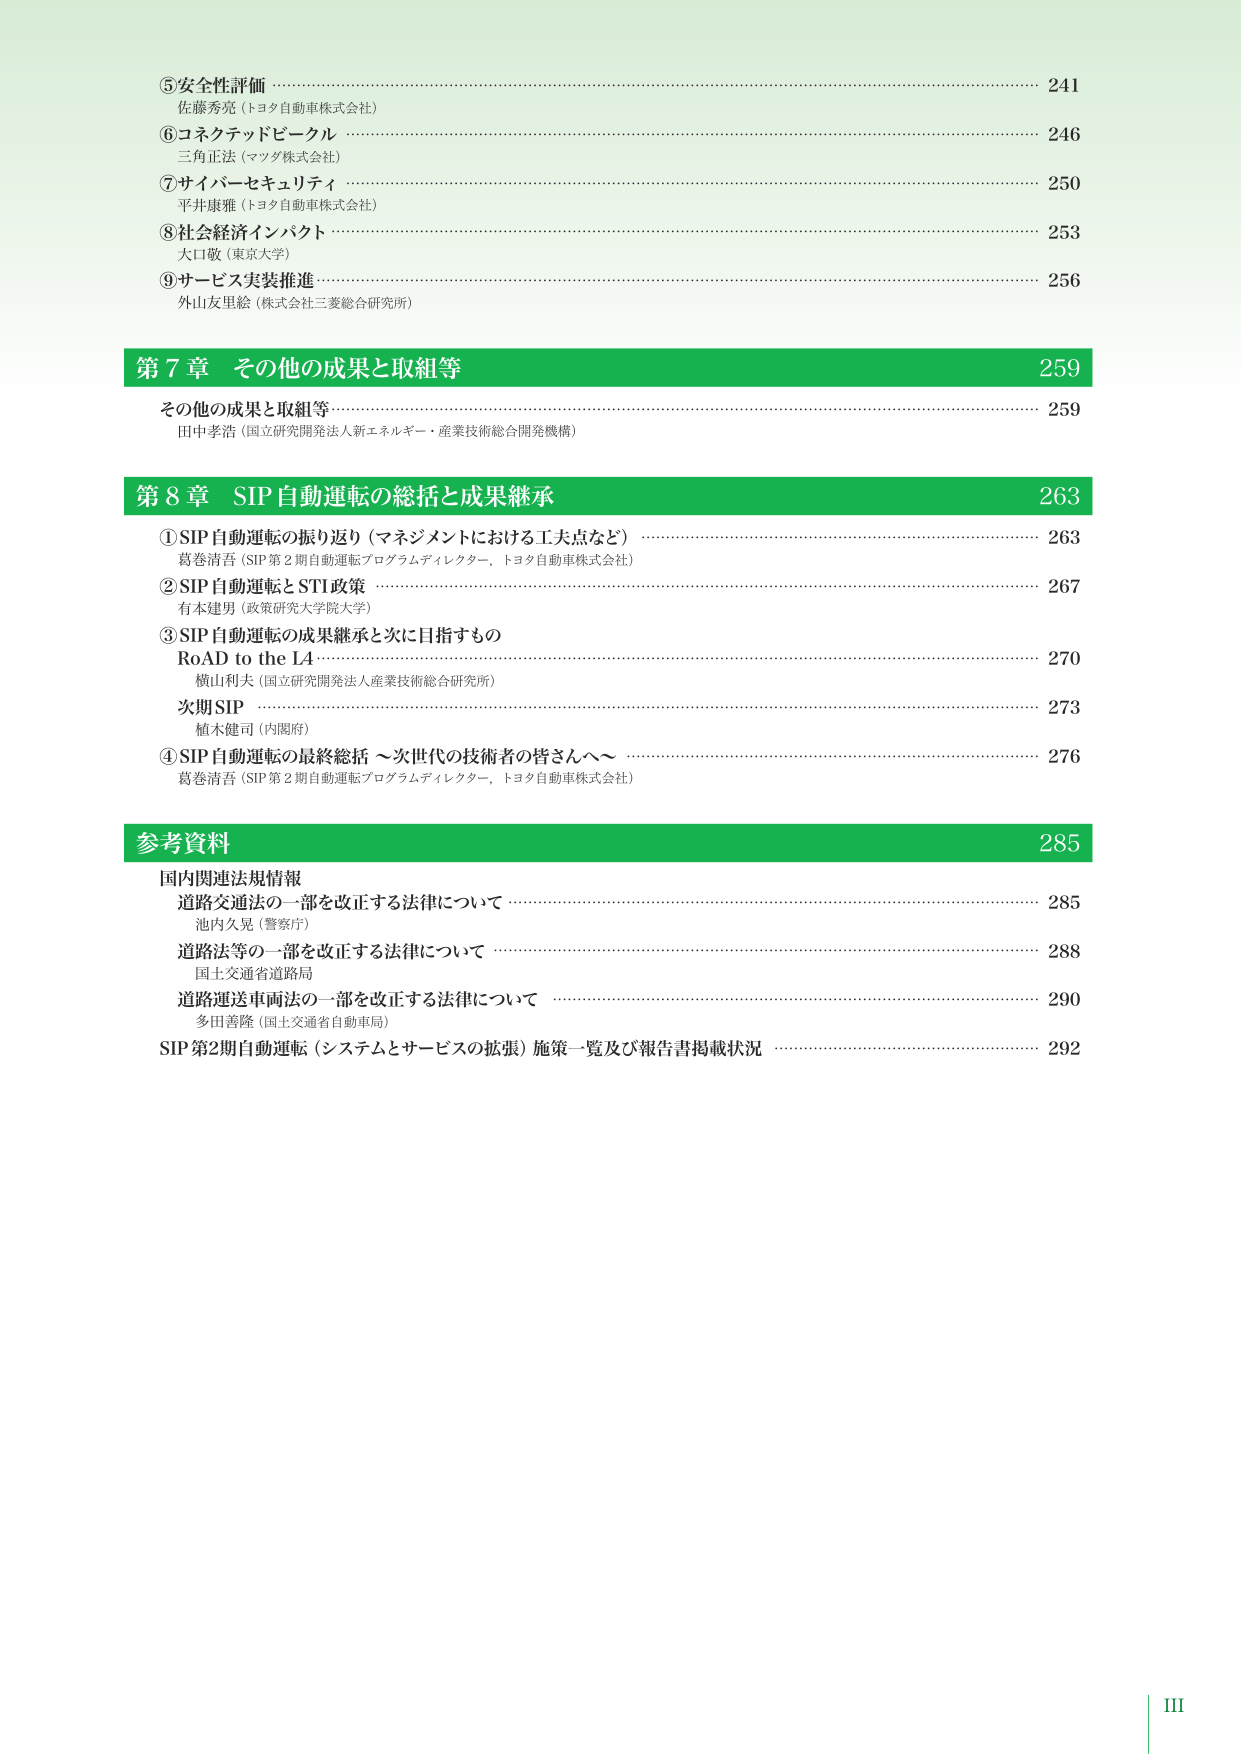
⑤安全性評価 …………………………………………………………………………………… 241
佐藤秀亮（トヨタ自動車株式会社）

⑥コネクテッドビークル ……………………………………………………………………… 246
三角正法（マツダ株式会社）

⑦サイバーセキュリティ ……………………………………………………………………… 250
平井康雅（トヨタ自動車株式会社）

⑧社会経済インパクト ……………………………………………………………………… 253
大口敬（東京大学）

⑨サービス実装推進 ………………………………………………………………………… 256
外山友里絵（株式会社三菱総合研究所）

第7章 その他の成果と取組等 ……………………………………………………………… 259
その他の成果と取組等 …………………………………………………………………… 259
田中孝浩（国立研究開発法人新エネルギー・産業技術総合開発機構）

第8章 SIP自動運転の総括と成果継承 …………………………………………………… 263
①SIP自動運転の振り返り（マネジメントにおける工夫点など） ……………………… 263
葛巻清吾（SIP第2期自動運転プログラムディレクター、トヨタ自動車株式会社）

②SIP自動運転とSTI政策 ………………………………………………………………… 267
有本建男（政策研究大学院大学）

③SIP自動運転の成果継承と次に目指すもの
RoAD to the L4 ……………………………………………………………………………… 270
横山利夫（国立研究開発法人産業技術総合研究所）

次期SIP ……………………………………………………………………………………… 273
植木健司（内閣府）

④SIP自動運転の最終総括 ～次世代の技術者の皆さんへ～ ………………………… 276
葛巻清吾（SIP第2期自動運転プログラムディレクター、トヨタ自動車株式会社）

参考資料 ……………………………………………………………………………………… 285
国内関連法規情報
道路交通法の一部を改正する法律について …………………………………………… 285
池内久晃（警察庁）

道路法等の一部を改正する法律について ……………………………………………… 288
国土交通省道路局

道路運送車両法の一部を改正する法律について ……………………………………… 290
多田善隆（国土交通省自動車局）

SIP第2期自動運転（システムとサービスの拡張）施策一覧及び報告書掲載状況 …… 292

III